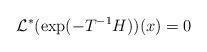
LaTeX: \begin{align*}\mathcal{L}^*( \exp(-T^{-1} H))(x) =0\end{align*}